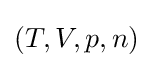
(T,V,p,n)